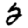
Digit: 2